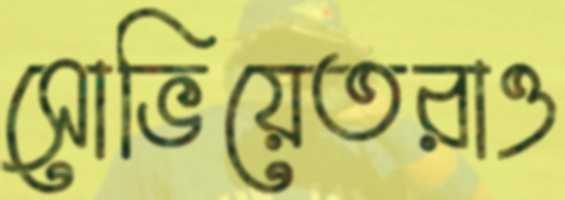
সোভিয়েতরাও